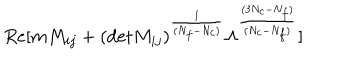
LaTeX: R e [ m M _ { i j } + ( \mathrm { d e t } M _ { i j } ) ^ { \frac { 1 } { ( N _ { f } - N _ { c } ) } } \Lambda ^ { \frac { ( 3 N _ { c } - N _ { f } ) } { ( N _ { c } - N _ { f } ) } } ]